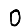
Digit: 0